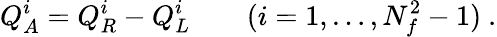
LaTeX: Q_{A}^{i}=Q_{R}^{i}-Q_{L}^{i}\qquad(i=1,\dots,N_{f}^{2}-1)~.